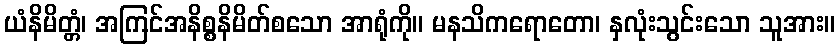
ယံနိမိတ္တံ၊ အကြင်အနိစ္စနိမိတ်စသော အာရုံကို။ မနသိကရောတော၊ နှလုံးသွင်းသော သူအား။